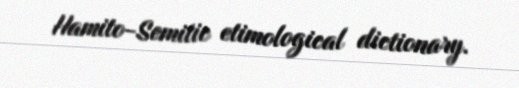
Hamito-Semitic etimological dictionary.